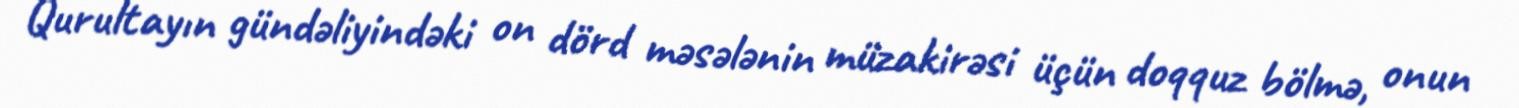
Qurultayın gündəliyindəki on dörd məsələnin müzakirəsi üçün doqquz bölmə, onun